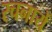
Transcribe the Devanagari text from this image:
रचनायेँ